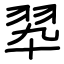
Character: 翆